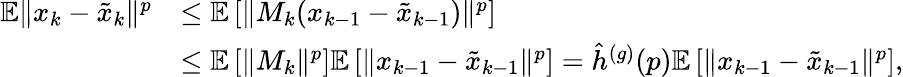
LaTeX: \begin{array}{rl}{\mathbb{E}\Vert x_{k}-\tilde{x}_{k}\Vert^{p}}&{\leq\mathbb{E}\left[\Vert M_{k}(x_{k-1}-\tilde{x}_{k-1})\Vert^{p}\right]}\\ &{\leq\mathbb{E}\left[\Vert M_{k}\Vert^{p}\right]\mathbb{E}\left[\Vert x_{k-1}-\tilde{x}_{k-1}\Vert^{p}\right]=\hat{h}^{(g)}(p)\mathbb{E}\left[\Vert x_{k-1}-\tilde{x}_{k-1}\Vert^{p}\right],}\end{array}